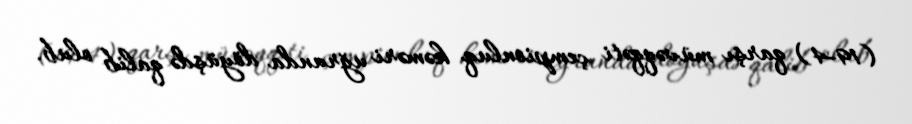
(19-4) qarşı müvəqqəti çempionluq kəməri uğrunda döyüşdə qalib olub.